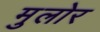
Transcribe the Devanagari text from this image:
मुलोर